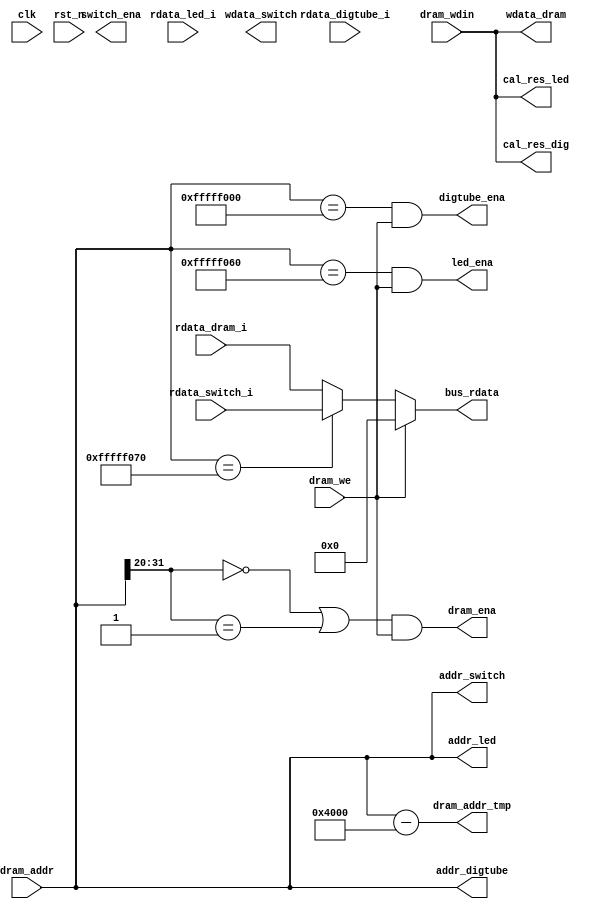
`timescale 1ns / 1ps

module bus(
    input           clk,
    input           rst_n,
    input   [31:0]  dram_wdin,
    input           dram_we,
    input   [31:0]  dram_addr,
    output  [31:0]  bus_rdata,
    //data,address,enable are three signals to i/o
   //rdata
    input wire [31:0] rdata_dram_i,
    input wire [31:0] rdata_switch_i,
    input wire [31:0] rdata_led_i,
    input wire [31:0] rdata_digtube_i,
    //wdata
    output wire [31:0] cal_res_dig,   // for digtube to show number
    output wire [31:0] cal_res_led,   // for led to show number
    output wire [31:0] wdata_switch,
    output wire [31:0] wdata_dram,
    //address
    output wire [31:0] dram_addr_tmp,
    output wire [31:0] addr_switch,
    output wire [31:0] addr_digtube,
    output wire [31:0] addr_led,
    //enable
    output wire dram_ena,
    output wire digtube_ena,
    output wire led_ena,
    output wire switch_ena

);
    parameter SWITCH_ADDR = 32'hffff_f070;
    parameter DIGTUBE_ADDR = 32'hffff_f000;
    parameter LED_ADDR = 32'hffff_f060;
    
    assign dram_addr_tmp = dram_addr - 16'h4000;
    assign addr_switch = dram_addr;
    assign addr_led = dram_addr;
    assign addr_digtube = dram_addr;
    
    assign digtube_ena = (dram_addr == DIGTUBE_ADDR && dram_we);
    assign dram_ena = ((dram_addr[31:20] == 12'h000 || dram_addr[31:20] == 12'h001) && dram_we);
    assign led_ena = (dram_addr == LED_ADDR && dram_we);
    
    assign cal_res_dig = dram_wdin;
    assign cal_res_led = dram_wdin;
    assign wdata_dram = dram_wdin;
    //mux to choose read data
    assign bus_rdata = (dram_we == 1)? 32'b0:
                     ((dram_addr == SWITCH_ADDR)? rdata_switch_i:rdata_dram_i); 
    
endmodule